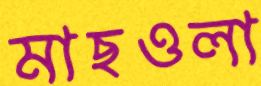
মাছওলা